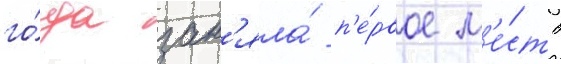
го́да зан'яла́ п'е́рвое м'е́сто